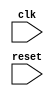
module timing_control_and_synchronization (
    input wire clk,
    input wire reset,
    // define input and output signals here

    // timing control blocks
    // clock gating block
    // add verilog code for clock gating block here

    // clock domain crossing block
    // add verilog code for clock domain crossing block here

    // synchronization blocks
    // FIFO buffer for data alignment
    // add verilog code for FIFO buffer here

    // define other components here
);
    // define internal signals and variables here

    // implement timing control and synchronization blocks here

endmodule